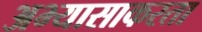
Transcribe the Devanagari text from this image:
अभ्यासाकरता